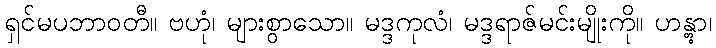
ရှင်မပဘာဝတီ။ ဗဟုံ၊ များစွာသော။ မဒ္ဒကုလံ၊ မဒ္ဒရာဇ်မင်းမျိုးကို။ ဟန္တွာ၊